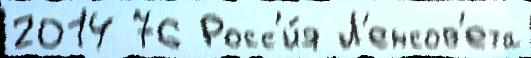
2014 76 Росс'и́я Л'енсов'ета